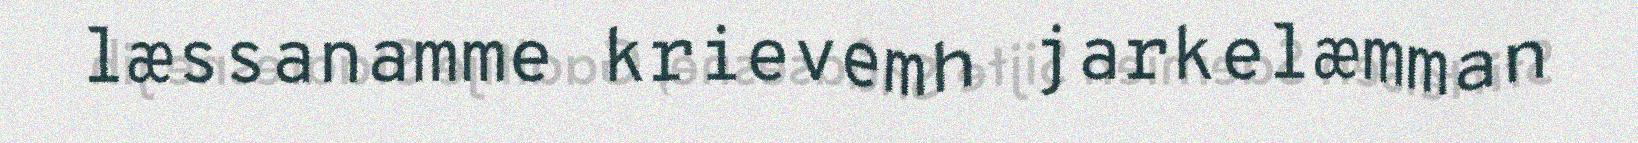
læssanamme krievemh jarkelæmman